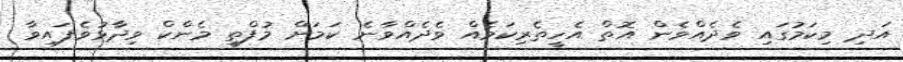
އަދި މިކަމުގައި ވެދެއްވެން އޮތް އެހީތެރިކަމެއް ވެދެއްވާނެ ކަމަށް މުފްތީ މެންކް ވިދާޅުވެފައިވާ